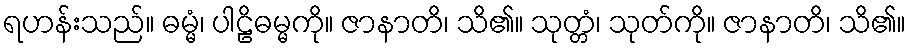
ရဟန်းသည်။ ဓမ္မံ၊ ပါဠိဓမ္မကို။ ဇာနာတိ၊ သိ၏။ သုတ္တံ၊ သုတ်ကို။ ဇာနာတိ၊ သိ၏။